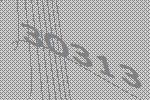
30313